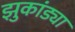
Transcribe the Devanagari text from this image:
झुकांड्या